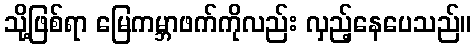
သို့ဖြစ်ရာ မြေကမ္ဘာဖက်ကိုလည်း လှည့်နေပေသည်။